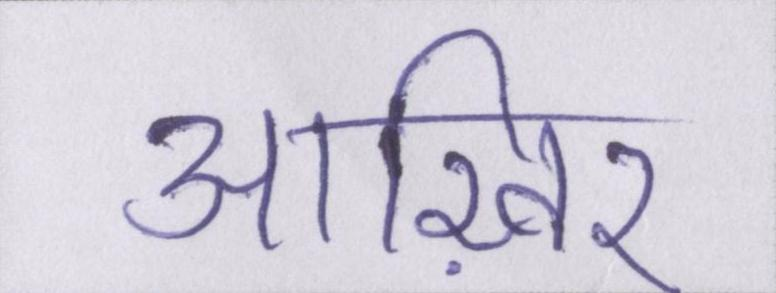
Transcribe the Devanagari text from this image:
आख़िर